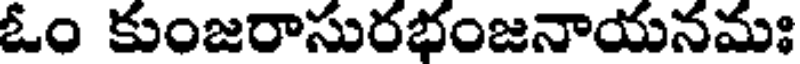
ఓం కుంజరాసురభంజనాయనమః